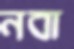
নবা